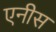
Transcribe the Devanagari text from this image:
एनीस